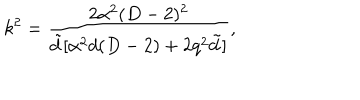
k ^ { 2 } = \frac { 2 \alpha ^ { 2 } ( D - 2 ) ^ { 2 } } { \tilde { d } [ \alpha ^ { 2 } d ( D - 2 ) + 2 q ^ { 2 } \tilde { d } ] } ,